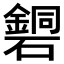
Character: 𥖹